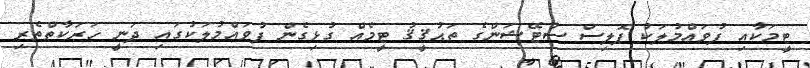
ޓީމަކާއި ފުވައްމުލަކު ޕޮލިސް ސްޓޭޝަންގެ ތަޙުޤީޤު ޓީމެއް ގުޅިގެން ފުވައްމުލަކުގައި ދަނީ ހަރަކާތްތެރި